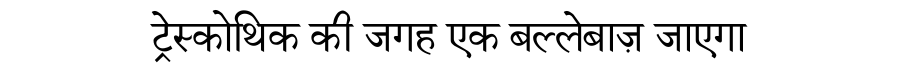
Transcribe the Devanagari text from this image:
ट्रेस्कोथिक की जगह एक बल्लेबाज़ जाएगा